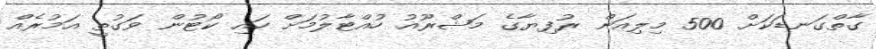
ގާތްގަނޑަކަށް 500 މިލިއަން ރުފިޔާގެ މަޝްރޫއު ހުއްޓާލުމަށް ހައި ކޯޓުން ވަގުތީ އަމުރެއް